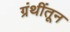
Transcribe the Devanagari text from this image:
ग्रंथींतून